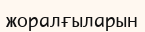
жоралғыларын